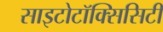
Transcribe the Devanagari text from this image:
साइटोटॉक्सिसिटी